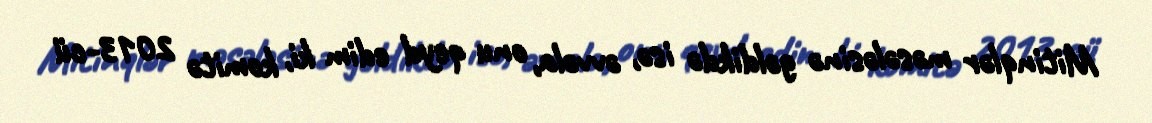
Mitinqlər məsələsinə gəldikdə isə, əvvəla, onu qeyd edim ki, komitə 2013-cü